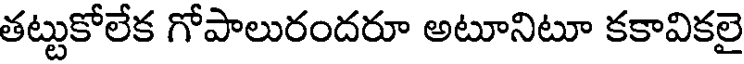
తట్టుకోలేక గోపాలురందరూ అటూనిటూ కకావికలై